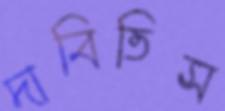
দাবিতিস